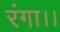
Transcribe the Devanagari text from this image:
रंगा।।